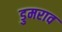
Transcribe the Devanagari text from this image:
डुमराव